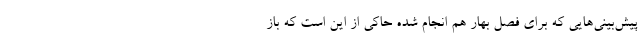
پیش‌بینی‌هایی که برای فصل بهار هم انجام شده حاکی از این است که باز